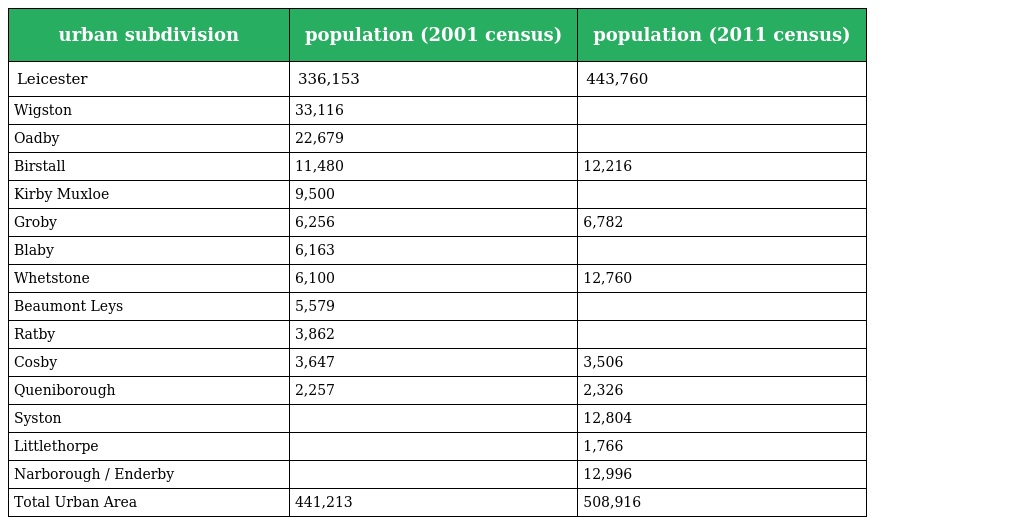
| urban subdivision | population (2001 census) | population (2011 census) |
 | --- | --- | --- |
 | Leicester | 336,153 | 443,760 |
 | Wigston | 33,116 |  |
 | Oadby | 22,679 |  |
 | Birstall | 11,480 | 12,216 |
 | Kirby Muxloe | 9,500 |  |
 | Groby | 6,256 | 6,782 |
 | Blaby | 6,163 |  |
 | Whetstone | 6,100 | 12,760 |
 | Beaumont Leys | 5,579 |  |
 | Ratby | 3,862 |  |
 | Cosby | 3,647 | 3,506 |
 | Queniborough | 2,257 | 2,326 |
 | Syston |  | 12,804 |
 | Littlethorpe |  | 1,766 |
 | Narborough / Enderby |  | 12,996 |
 | Total Urban Area | 441,213 | 508,916 |